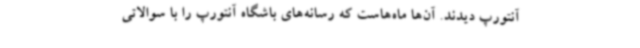
آنتورپ دیدند. آن‌ها ماه‌هاست که رسانه‌های باشگاه آنتورپ را با سوالاتی